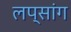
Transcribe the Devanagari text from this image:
लप्सांग